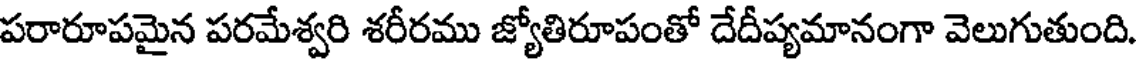
పరారూపమైన పరమేశ్వరి శరీరము జ్యోతిరూపంతో దేదీప్యమానంగా వెలుగుతుంది.